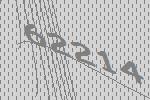
62214